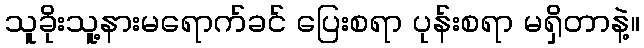
သူခိုးသူ့နားမရောက်ခင် ပြေးစရာ ပုန်းစရာ မရှိတာနဲ့။